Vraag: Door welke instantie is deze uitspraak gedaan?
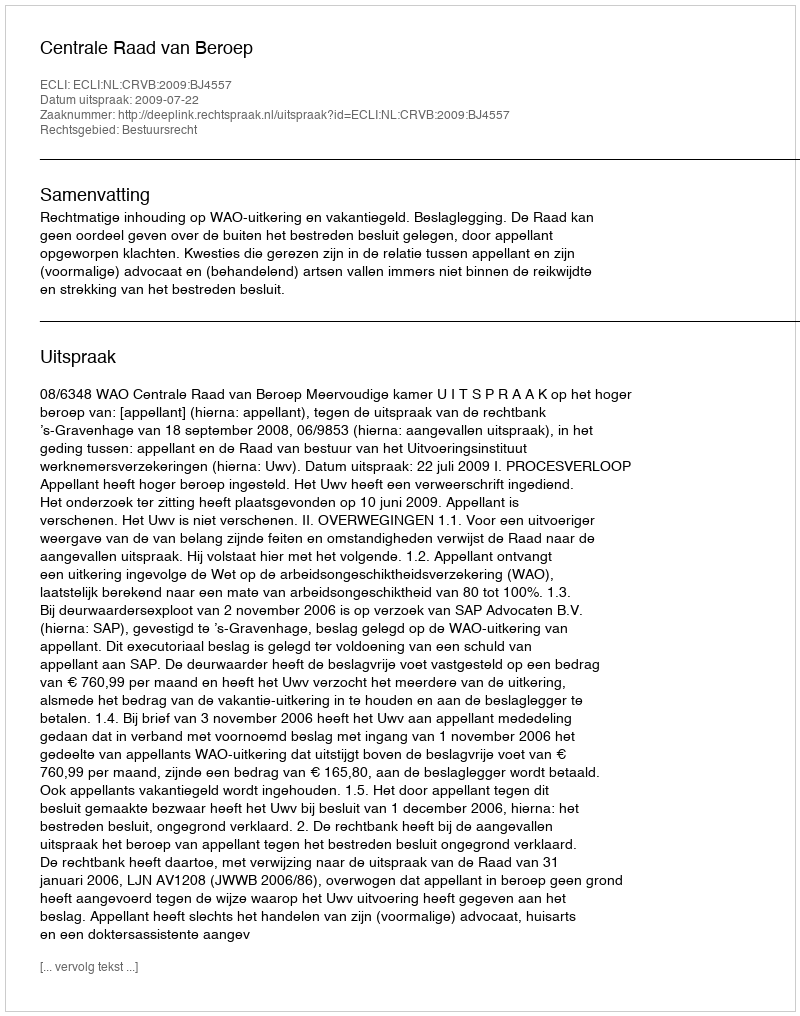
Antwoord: Centrale Raad van Beroep